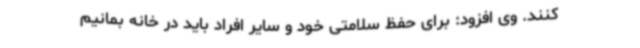
کنند. وی افزود: برای حفظ سلامتی خود و سایر افراد باید در خانه بمانیم